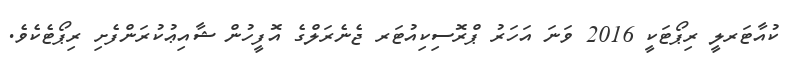
ކުއާޓަރލީ ރިޕޯޓަކީ 2016 ވަނަ އަހަރު ޕްރޮސިކިއުޓަރ ޖެނެރަލްގެ އޮފީހުން ޝާއިޢުކުރަންފެށި ރިޕޯޓެކެވެ.